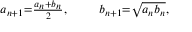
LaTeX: \scriptstyle a _ { n + 1 } = { \frac { a _ { n } + b _ { n } } { 2 } } , \quad \quad b _ { n + 1 } = { \sqrt { a _ { n } b _ { n } } } ,